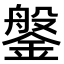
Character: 鎜